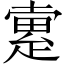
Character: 𤴡